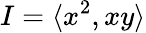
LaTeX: I=\langle x^{2},xy\rangle